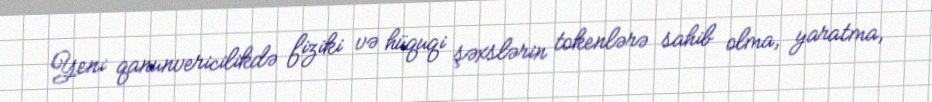
Yeni qanunvericilikdə fiziki və hüquqi şəxslərin tokenlərə sahib olma, yaratma,